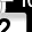
Digit: 2